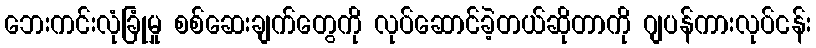
ဘေးကင်းလုံခြုံမှု စစ်ဆေးချက်တွေကို လုပ်ဆောင်ခဲ့တယ်ဆိုတာကို ဂျပန်ကားလုပ်ငန်း